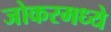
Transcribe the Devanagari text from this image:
जोकरमध्ये